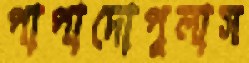
পাপাদোপুলাস